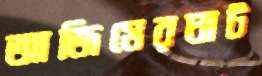
আজিমেরঘাট